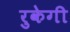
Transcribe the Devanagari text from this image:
रुकेगी